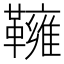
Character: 𩍓